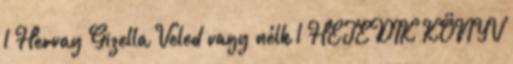
1 Hervay Gizella Veled vagy nélk 1 HETEDIK KÖNYV